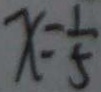
x = \frac { 1 } { 5 }